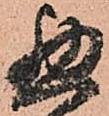
惣